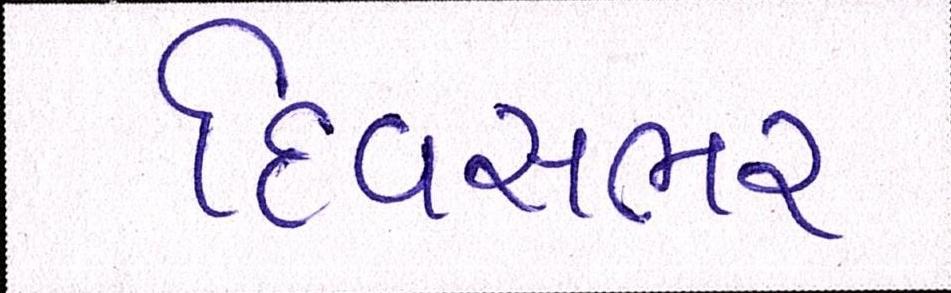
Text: દિવસભર